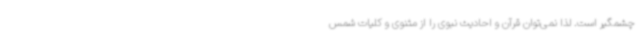
چشمگیر است. لذا نمی‌توان قرآن و احادیث نبوی را از مثنوی و کلیات شمس